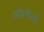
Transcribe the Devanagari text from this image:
ओरफेओ